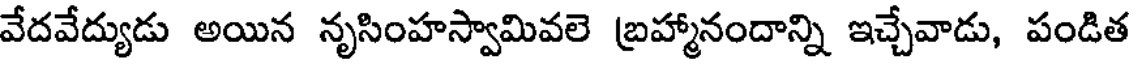
వేదవేద్యుడు అయిన నృసింహస్వామివలె బ్రహ్మానందాన్ని ఇచ్చేవాడు, పండిత